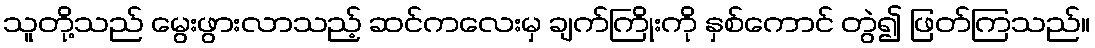
သူတို့သည် မွေးဖွားလာသည့် ဆင်ကလေးမှ ချက်ကြိုးကို နှစ်ကောင် တွဲ၍ ဖြတ်ကြသည်။